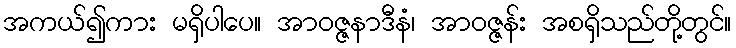
အကယ်၍ကား မရှိပါပေ။ အာဝဇ္ဇနာဒီနံ၊ အာဝဇ္ဇန်း အစရှိသည်တို့တွင်။